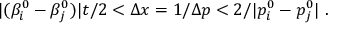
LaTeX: | ( \beta _ { i } ^ { 0 } - \beta _ { j } ^ { 0 } ) | t / 2 < \Delta x = 1 / \Delta p < 2 / | p _ { i } ^ { 0 } - p _ { j } ^ { 0 } | ~ .